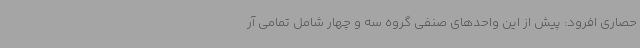
حصاری افرود: پیش از این واحدهای صنفی گروه سه و چهار شامل تمامی آر